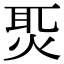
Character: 𤈨